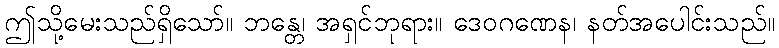
ဤသို့မေးသည်ရှိသော်။ ဘန္တေ၊ အရှင်ဘုရား။ ဒေဝဂဏေန၊ နတ်အပေါင်းသည်။